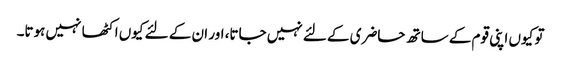
تو کیوں اپنی قوم کے ساتھ حاضری کے لئے نہیں جاتا، اور ان کے لئے کیوں اکٹھا نہیں ہوتا۔